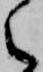
之